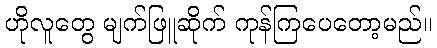
ဟိုလူတွေ မျက်ဖြူဆိုက် ကုန်ကြပေတော့မည်။